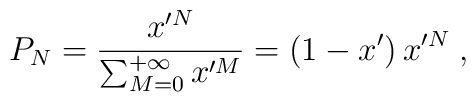
P_N=\frac{x'^N}{\sum_{M=0}^{+\infty}x'^M}=\left(1-x'\right)x'^N\;,